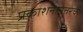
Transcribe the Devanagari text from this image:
प्रकाशनानंतरच